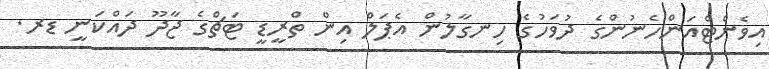
އިވެންޓްއަންހެނުންގެ ދުވަހުގެ ހިނގާލުން އެޕަލް އިން ތްރީޑީ ޓަޗްގެ ޖާދޫ ދައްކަނީ ޑރ.